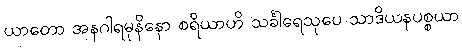
ယာတော အနဂါရမုနိနော စရိယာဟိ သင်္ခါရေသုပေ သာဒိယနပစ္စယာ